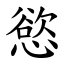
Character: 慾